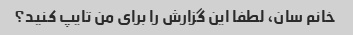
خانم سان، لطفا این گزارش را برای من تایپ کنید؟